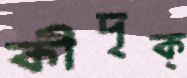
কীদৃক্